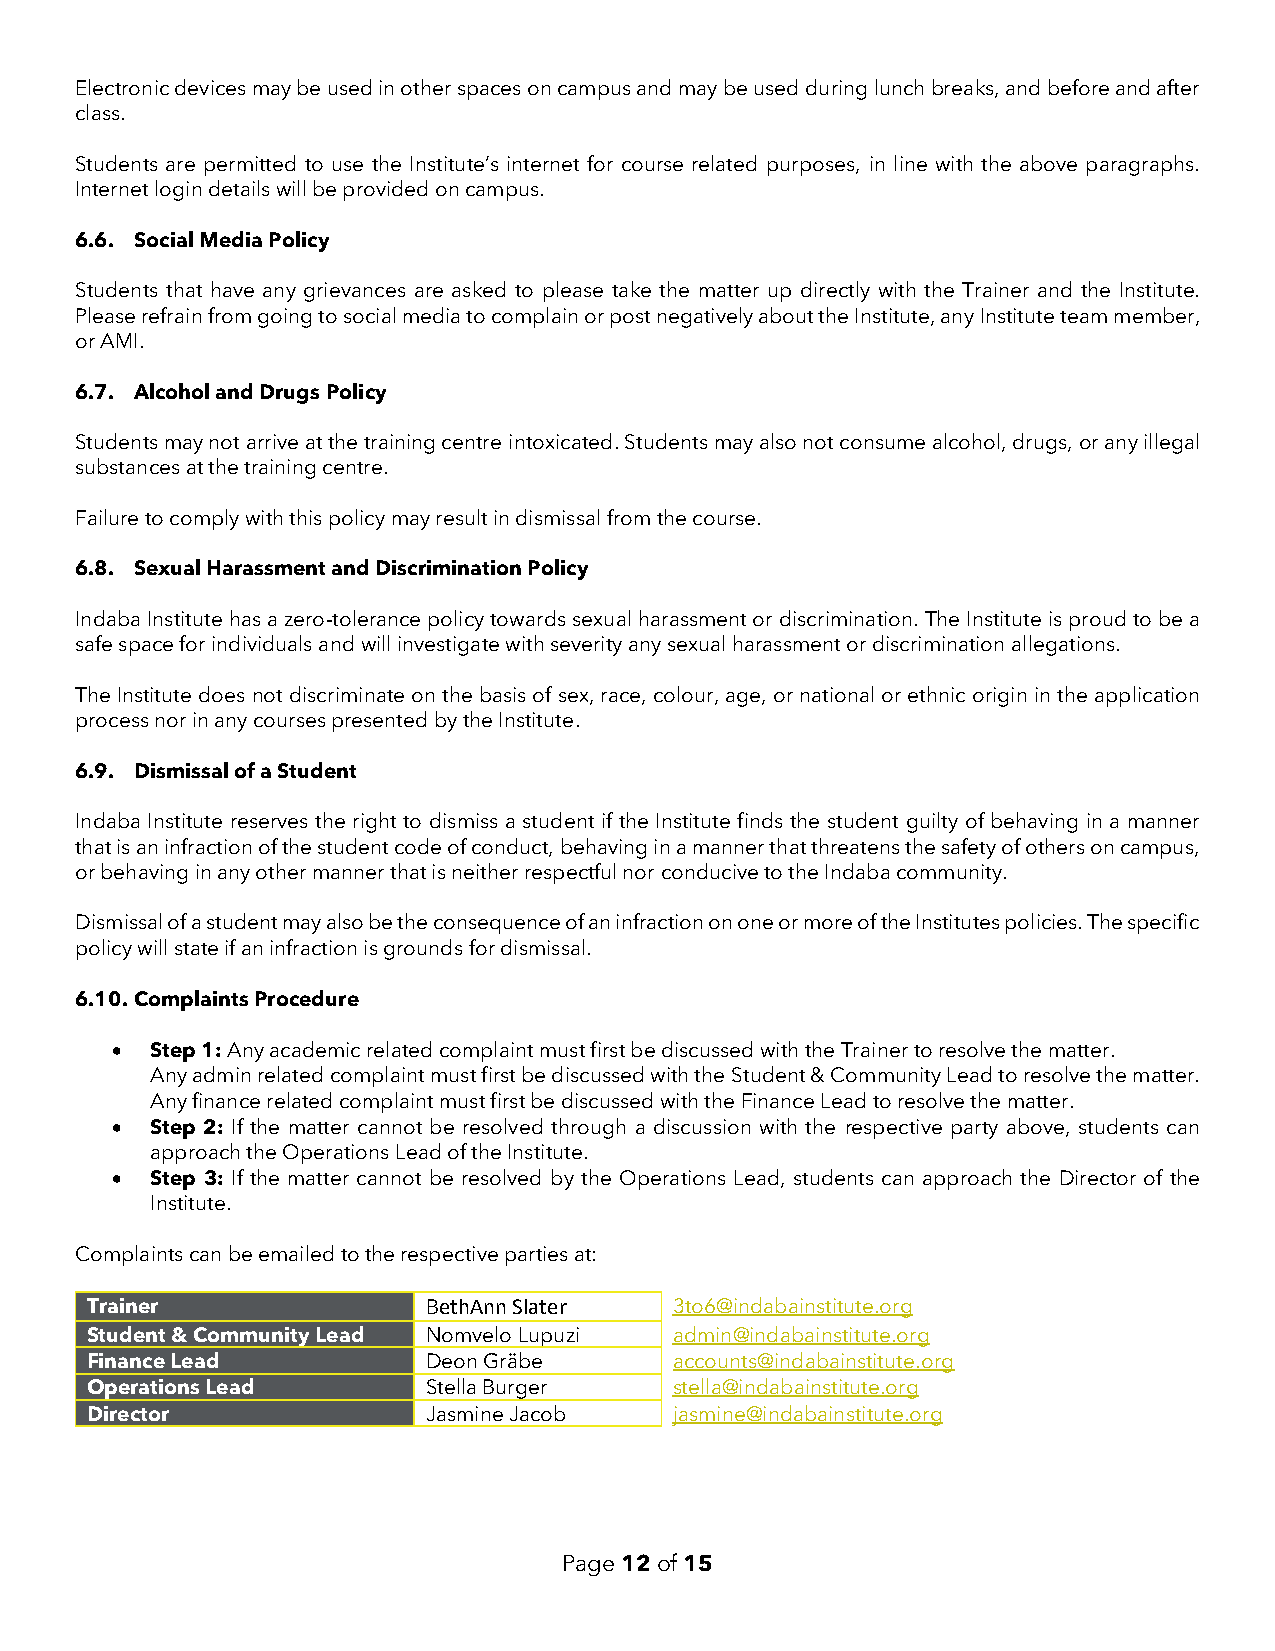
Electronic devices may be used in other spaces on campus and may be used during lunch breaks, and before and after
 class.
 Students are permitted to use the Institute’s internet for course related purposes, in line with the above paragraphs.
 Internet login details will be provided on campus.
 6.6. Social Media Policy
 Students that have any grievances are asked to please take the matter up directly with the Trainer and the Institute.
 Please refrain from going to social media to complain or post negatively about the Institute, any Institute team member,
 or AMI.
 6.7. Alcohol and Drugs Policy
 Students may not arrive at the training centre intoxicated. Students may also not consume alcohol, drugs, or any illegal
 substances at the training centre.
 Failure to comply with this policy may result in dismissal from the course.
 6.8. Sexual Harassment and Discrimination Policy
 Indaba Institute has a zero-tolerance policy towards sexual harassment or discrimination. The Institute is proud to be a
 safe space for individuals and will investigate with severity any sexual harassment or discrimination allegations.
 The Institute does not discriminate on the basis of sex, race, colour, age, or national or ethnic origin in the application
 process nor in any courses presented by the Institute.
 6.9. Dismissal of a Student
 Indaba Institute reserves the right to dismiss a student if the Institute finds the student guilty of behaving in a manner
 that is an infraction of the student code of conduct, behaving in a manner that threatens the safety of others on campus,
 or behaving in any other manner that is neither respectful nor conducive to the Indaba community.
 Dismissal of a student may also be the consequence of an infraction on one or more of the Institutes policies. The specific
 policy will state if an infraction is grounds for dismissal.
 6.10. Complaints Procedure
 •  Step 1: Any academic related complaint must first be discussed with the Trainer to resolve the matter.
 Any admin related complaint must first be discussed with the Student & Community Lead to resolve the matter.
 Any finance related complaint must first be discussed with the Finance Lead to resolve the matter.
 •  Step 2: If the matter cannot be resolved through a discussion with the respective party above, students can
 approach the Operations Lead of the Institute.
 •  Step 3: If the matter cannot be resolved by the Operations Lead, students can approach the Director of the
 Institute.
 Complaints can be emailed to the respective parties at:
 Trainer               BethAnn Slater   3to6@indabainstitute.org
 Student & Community Lead Nomvelo Lupuzi admin@indabainstitute.org
 Finance Lead          Deon Gräbe       accounts@indabainstitute.org
 Operations Lead       Stella Burger    stella@indabainstitute.org
 Director              Jasmine Jacob    jasmine@indabainstitute.org
 Page 12 of 15